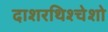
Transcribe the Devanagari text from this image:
दाशरथिश्‍चेशो